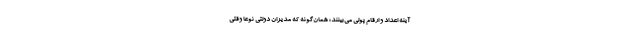
آینه اعداد و ارقام پولی می‌بینند؛ همان‌گونه که مدیران دولتی نوعا وقتی